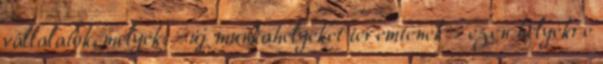
vállalatok, melyek: - új munkahelyeket teremtenek - ezen helyekre